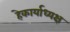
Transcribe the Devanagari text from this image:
हेकार्याध्यक्ष